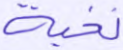
نخبة